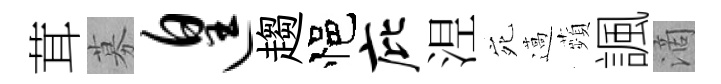
茸募遑趨悒庇𣵀宛薖蘋諷滴